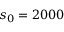
s _ { 0 } = 2 0 0 0